DOW-UAP-D48, Department of the Air Force Report, 1996
Agency: Department of War
Incident date: 9/10/96
Page 116
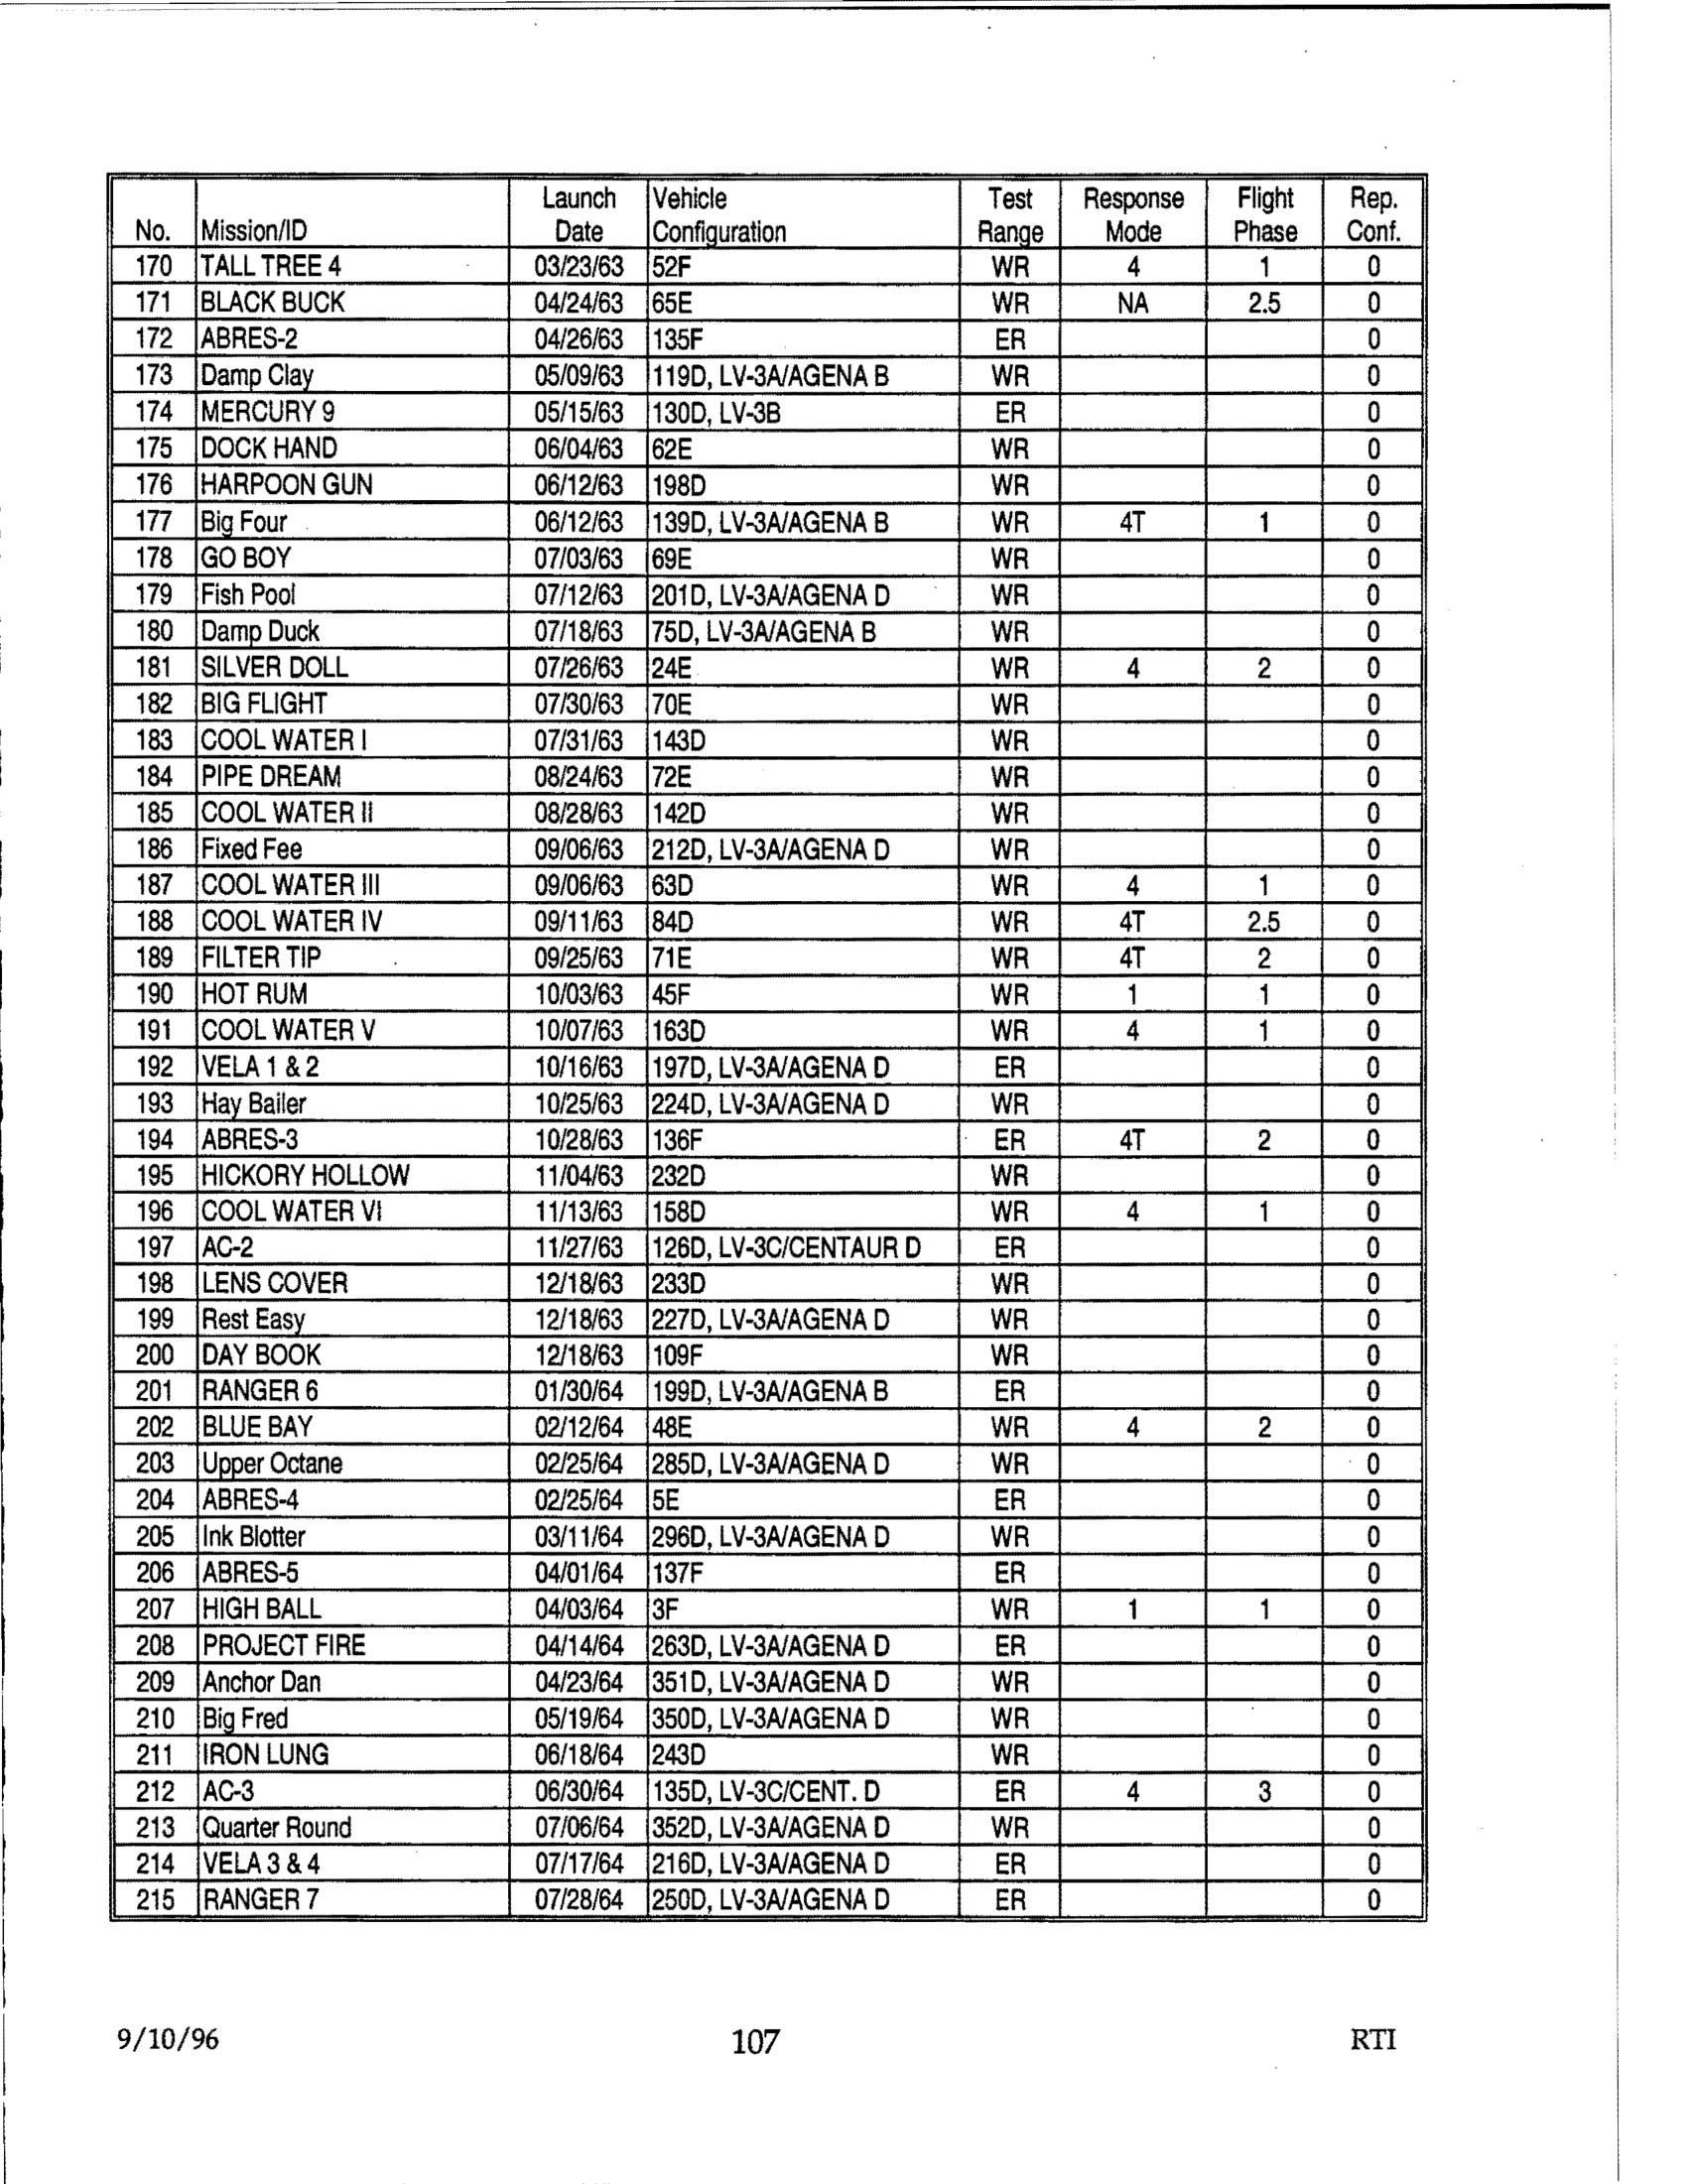